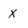
Character: X